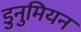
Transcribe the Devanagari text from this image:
डुनुमियन